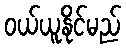
ဝယ်ယူနိုင်မည်